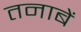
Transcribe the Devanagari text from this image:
तनाबें